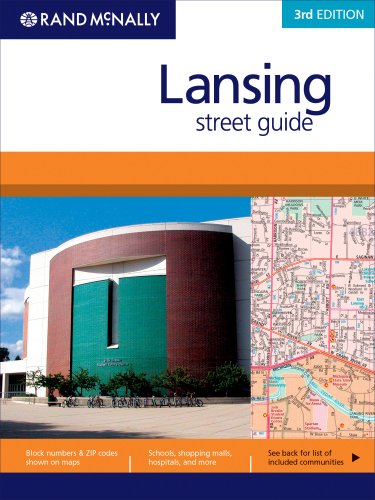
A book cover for Rand McNally Lansing Street Guide; Rand McNally; Travel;